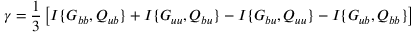
\gamma = \frac { 1 } { 3 } \left[ { I \{ { G _ { b b } , Q _ { u b } } \} + I \{ { G _ { u u } , Q _ { b u } } \} - I \{ { G _ { b u } , Q _ { u u } } \} - I \{ { G _ { u b } , Q _ { b b } } \} } \right]